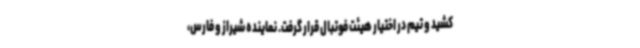
کشید و تیم در اختیار هیئت فوتبال قرار گرفت. نماینده شیراز و فارس،